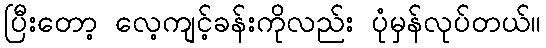
ပြီးတော့ လေ့ကျင့်ခန်းကိုလည်း ပုံမှန်လုပ်တယ်။